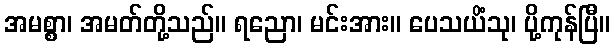
အမစ္စာ၊ အမတ်တို့သည်။ ရညော၊ မင်းအား။ ပေသယိံသု၊ ပို့ကုန်ပြီ။